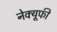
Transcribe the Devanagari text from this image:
नेक्यूफी